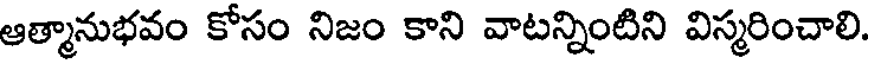
ఆత్మానుభవం కోసం నిజం కాని వాటన్నింటిని విస్మరించాలి.